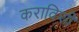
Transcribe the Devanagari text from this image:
कराविशी